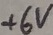
Text: +6V